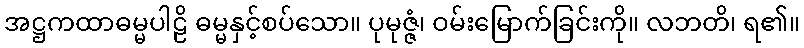
အဋ္ဌကထာဓမ္မပါဠိ ဓမ္မနှင့်စပ်သော။ ပုမုဇ္ဇံ၊ ဝမ်းမြောက်ခြင်းကို။ လဘတိ၊ ရ၏။